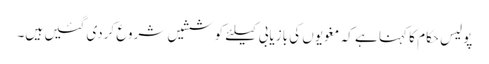
پولیس حکام کا کہنا ہے کہ مغویوں کی بازیابی کیلئے کوششیں شروع کردی گئیں ہیں۔